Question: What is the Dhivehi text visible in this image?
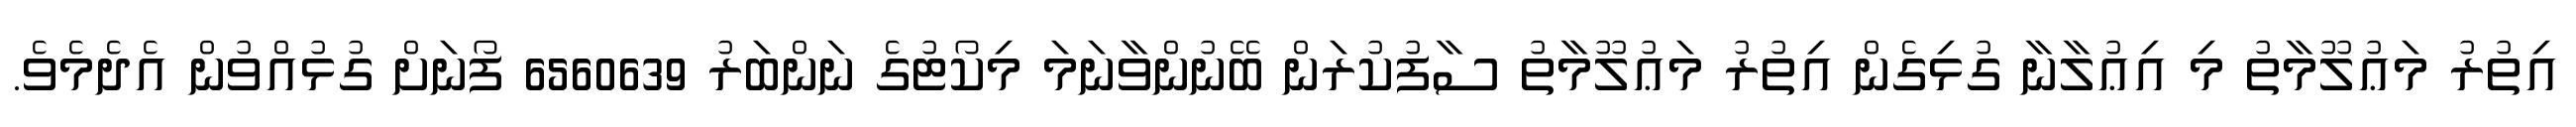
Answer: އިތުރު މަޢުލޫމާތު މި އިޢުލާނާ ގުޅިގެން އިތުރު މަޢުލޫމާތު ސާފުކުރަން ބޭނުންވާނަމަ މިކޯޓުގެ ނަންބަރު 6560639 ފޯނަށް ގުޅުއްވުން އެދެމެވެ.